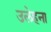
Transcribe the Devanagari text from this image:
उलेहना